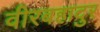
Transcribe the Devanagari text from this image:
वीरबहादुर